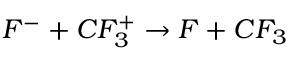
F ^ { - } + C F _ { 3 } ^ { + } \rightarrow F + C F _ { 3 }